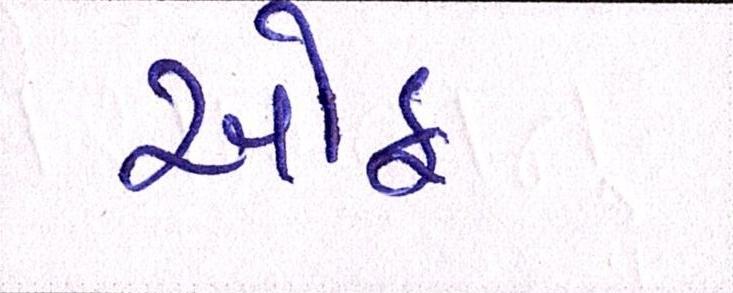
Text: ઑફ